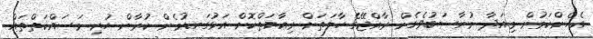
އެހެންކަމުން މިއަދާ މުނާސަބުވެގެން ރާއްޖޭގެ ހާލަތަށް ރިއާޔަތްކޮށް އަޅުގަނޑުމެން ކުރާން ހުރި މަސައްކަތްތައް